Serum-therapy of plague in India - Number 20
Disease focus: Plague
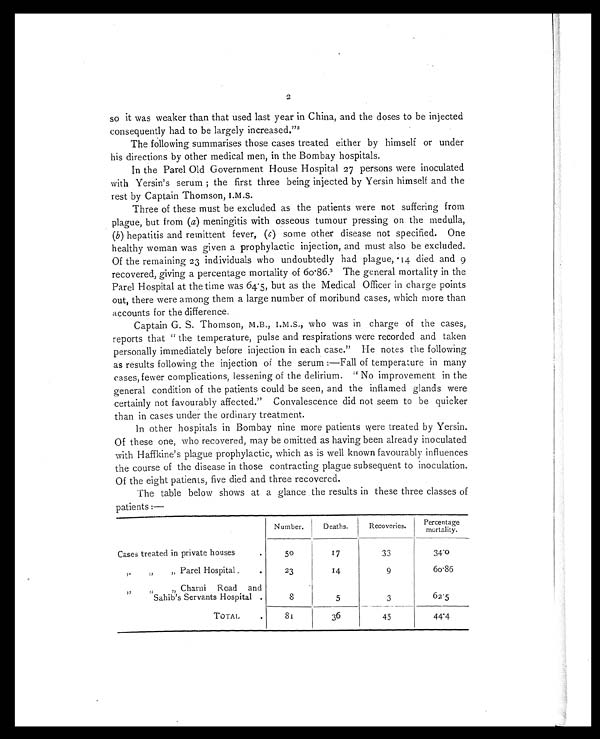
2
so it was weaker than that used last year in China, and the doses to be injected
consequently had to be largely increased."2
The following summarises those cases treated either by himself or under
his directions by other medical men, in the Bombay hospitals.
In the Parel Old Government House Hospital 27 persons were inoculated
with Yersin's serum ; the first three being injected by Yersin himself and the
rest by Captain Thomson, I.M.S.
Three of these must be excluded as the patients were not suffering from
plague, but from (a) meningitis with osseous tumour pressing on the medulla,
(b) hepatitis and remittent fever, (c) some other disease not specified. One
healthy woman was given a prophylactic injection, and must also be excluded.
Of the remaining 23 individuals who undoubtedly had plague, 14 died and 9
recovered, giving a percentage mortality of 6o.86.3 The general mortality in the
Parel Hospital at the time was 64.5, but as the Medical Officer in charge points
out, there were among them a large number of moribund cases, which more than
accounts for the difference.
Captain G. S. Thomson, M.B., I.M.S., who was in charge of the cases,
reports that " the temperature, pulse and respirations were recorded and taken
personally immediately before injection in each case." He notes the following
as results following the injection of the serum :—Fall of temperature in many
cases, fewer complications, lessening of the delirium. " No improvement in the
general condition of the patients could be seen, and the inflamed glands were
certainly not favourably affected." Convalescence did not seem to be quicker
than in cases under the ordinary treatment.
In other hospitals in Bombay nine more patients were treated by Yersin.
Of these one, who recovered, may be omitted as having been already inoculated
with Haffkine's plague prophylactic, which as is well known favourably influences
the course of the disease in those contracting plague subsequent to inoculation.
Of the eight patients, five died and three recovered.
The table below shows at a glance the results in these three classes of
patients :—
Number.
Deaths.
Recoveries.
Percentage
mortality.
Cases treated in private houses
.
5o
17
33
34.0
„ „ „ Parel Hospital.
.
23
14
9
6o.86
„ „ „
Charni
Road
and
Sahib's Servants Hospital
8
5
3
62.5
TOTAL
.
8 1
36
45
44.4